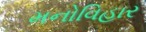
મનોવિહાર